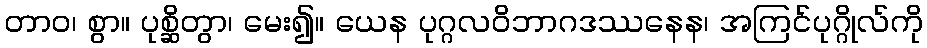
တာဝ၊ စွာ။ ပုစ္ဆိတွာ၊ မေး၍။ ယေန ပုဂ္ဂလဝိဘာဂဒဿနေန၊ အကြင်ပုဂ္ဂိုလ်ကို